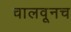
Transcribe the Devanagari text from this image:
चालवूनच